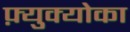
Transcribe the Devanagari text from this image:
फ़्युक्योका